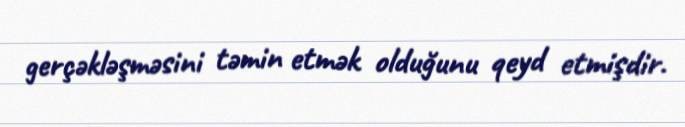
gerçəkləşməsini təmin etmək olduğunu qeyd etmişdir.